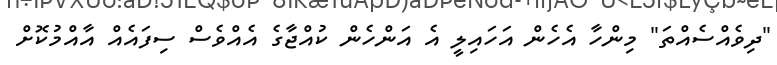
"ދިވެއްސެއްތަ" މިންހާ އެހެން އަހައިލީ އެ އަންހެން ކުއްޖާގެ އެއްވެސް ސިފައެއް އާއްމުކޮށް